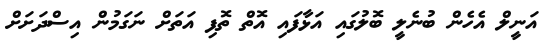
އަނީލް އެހެން ބުނެލީ ބޮލުގައި އަޅާފައި އޮތް ތޮފި އަތަށް ނަގަމުން އިސްދަށަށް